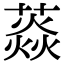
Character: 𦼐